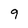
Character: 9